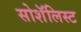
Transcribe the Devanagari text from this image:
सोशॅलिस्ट